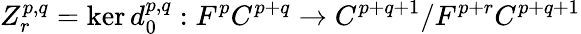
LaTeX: Z_{r}^{p,q}=\ker d_{0}^{p,q}:F^{p}C^{p+q}\rightarrow C^{p+q+1}/F^{p+r}C^{p+q+1}